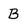
Character: B